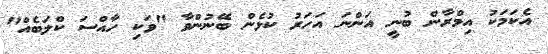
އެކަމަކު އިމްރާން ބުނީ އަންނަ އަހަރު ކުޅެން ބޭނުންވާ "ވަކި ހާއްސަ ކްލަބެއް"